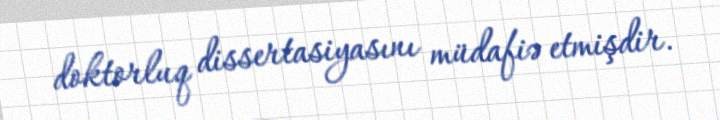
doktorluq dissertasiyasını müdafiə etmişdir.